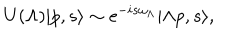
U ( \Lambda ) | p , s \rangle \sim \mathrm { e } ^ { - i s \omega _ { \Lambda } } | \Lambda p , s \rangle ,